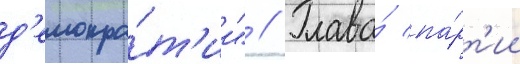
д'емокра́т'ии" // Глава́ па́рт'ии